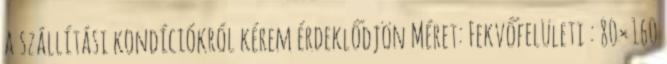
a szállítási kondíciókról kérem érdeklődjön Méret: Fekvőfelületi : 80×160